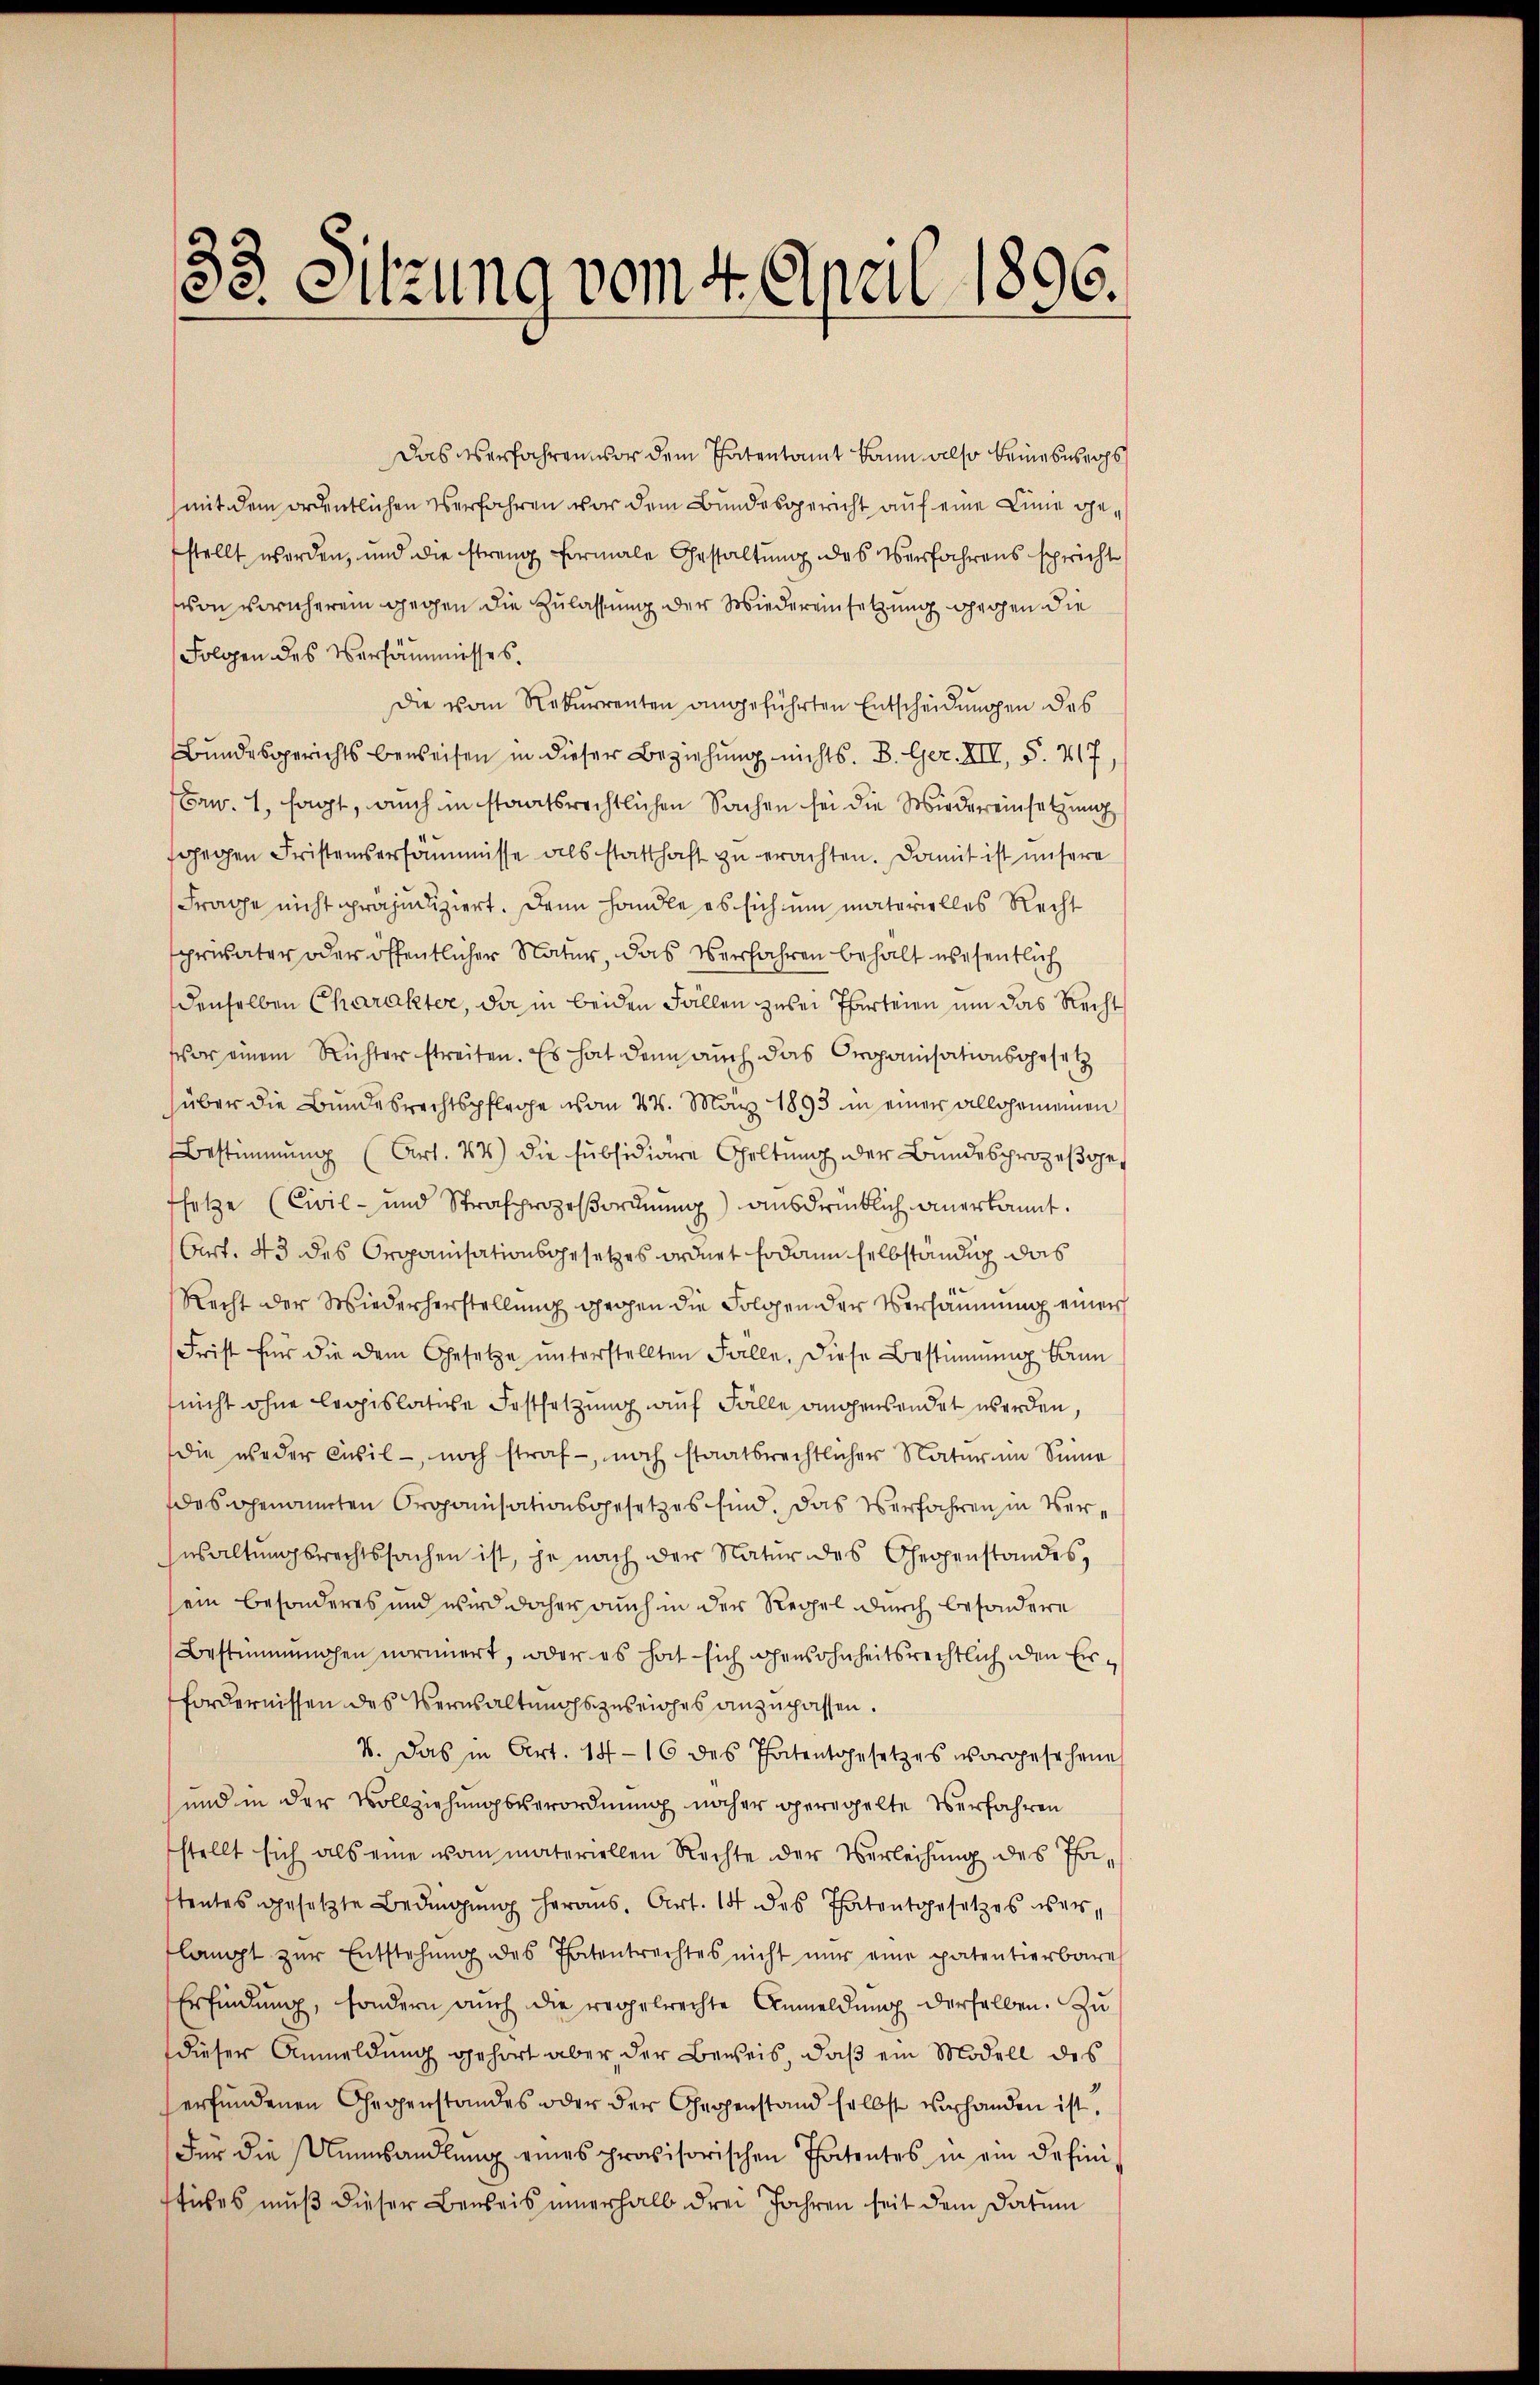
33. Sitzung vom 4. April 1896.

Das verfahren vor den Thatentamt kann also keine ses ers
mit dem ordentlichen Verfahren vor dem Bundesgericht auf eine Linie gestellt worden, und die streng formale Gestaltung des Verfahrens spricht
von vornherem gegen die Zulassung der Wiedereinsetzung gegen die
Folgen des Versammesses.
Die vom Rekurrenten angeführten Entscheidungen des
Bŭndesgerichts beweisen in dieser Beziehung nichts. B. Ger. XII, S. 717,
Faw. 1, sagt, auch in staatsrechtlichen Sachen sei die Wiedereinsetzung
fgegen Fristensersäumnisse als statthaft zu erachten. Damit ist unsere
Frage nicht präjudiziert. Dann handle es sich um materielles Recht
privater oder öffentlicher Natur, das Verfahren behalt wesentlich
denselben Charakter, da in beiden Fällen zwei Parteien um das Recht
vor einem Richter streiten. Es hat denn auch das Organisationsgesetz
über die Bundesrechtspflege vom 24. März 1893 in einer allgemeinen
Bestimmung (Art. 44) die subsidiare Geltung der Bundesprozessges
fsetze (Civil- und Strafprozeβorŭnŭng ausdrücklich anerkannt.
Art. 43 des Organisationsgesetzes ordnet sodann selbständig das
Recht der Wiederherstellung gegen die Folgen der Versäumung einer
Frist für die dem Gesetze ŭnterstellten Falle. Diese Bestimmung kann
nicht ohne legislative Festsetzung auf Fälle angensendet werden,
die weder Civil- noch straf- noch staatsrechtlicher Natur im Sinne
des genannten Organisationsgesetzes sind. Das Verfahren in Verwaltungsrechtssachen ist, je nach der Natur des Gegenstandes,
ein besonderes und wird daher auch in der Regel durch besondere
Bestimmungen normiert, oder es hat sich wohensohnheitsrechtlich den Ein¬
Fordernissen des Verwaltungszuleiches anzupassen.
V. Das in Art. 14 - 16 des Patentgesetzes vorgesehene
und in der Vollziehungsverordnung näher geregelte Verfahren
stellt sich als eine von materiellen Rechte der Verleihung des Tatentes gesetzte Bedingŭng heraus. Art. 14 des Thatentgesetzes verlangt zur Entstehung des Patentrachtes nicht nur eine patentierbare
Erfindung, sondern auch die Tropelrechte Anmeldung derselben. Zu
dieser Anmeldung gehört aber der Beweis, daß ein Modell des
erfundenen Gegenstandes oder der Gegenstand selbst vorhanden ist.
Für die Unsandlŭng eines provisorischen Thatentes in ein defini
stickes muß dieser Beweis innerhalb drei Jahren seit dem Datum